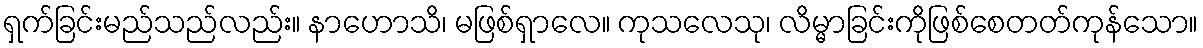
ရှက်ခြင်းမည်သည်လည်း။ နာဟောသိ၊ မဖြစ်ရှာလေ။ ကုသလေသု၊ လိမ္မာခြင်းကိုဖြစ်စေတတ်ကုန်သော။